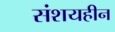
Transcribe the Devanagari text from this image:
संशयहीन